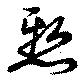
慙